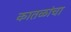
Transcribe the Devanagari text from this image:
कातळांचा